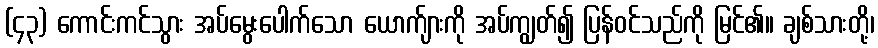
(၄၃) ကောင်းကင်သွား အပ်မွေးပေါက်သော ယောက်ျားကို အပ်ကျွတ်၍ ပြန်ဝင်သည်ကို မြင်၏။ ချစ်သားတို့၊